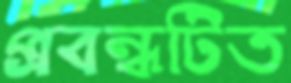
প্রবন্ধটিত